Trukikaitis_Postimees, lk 209
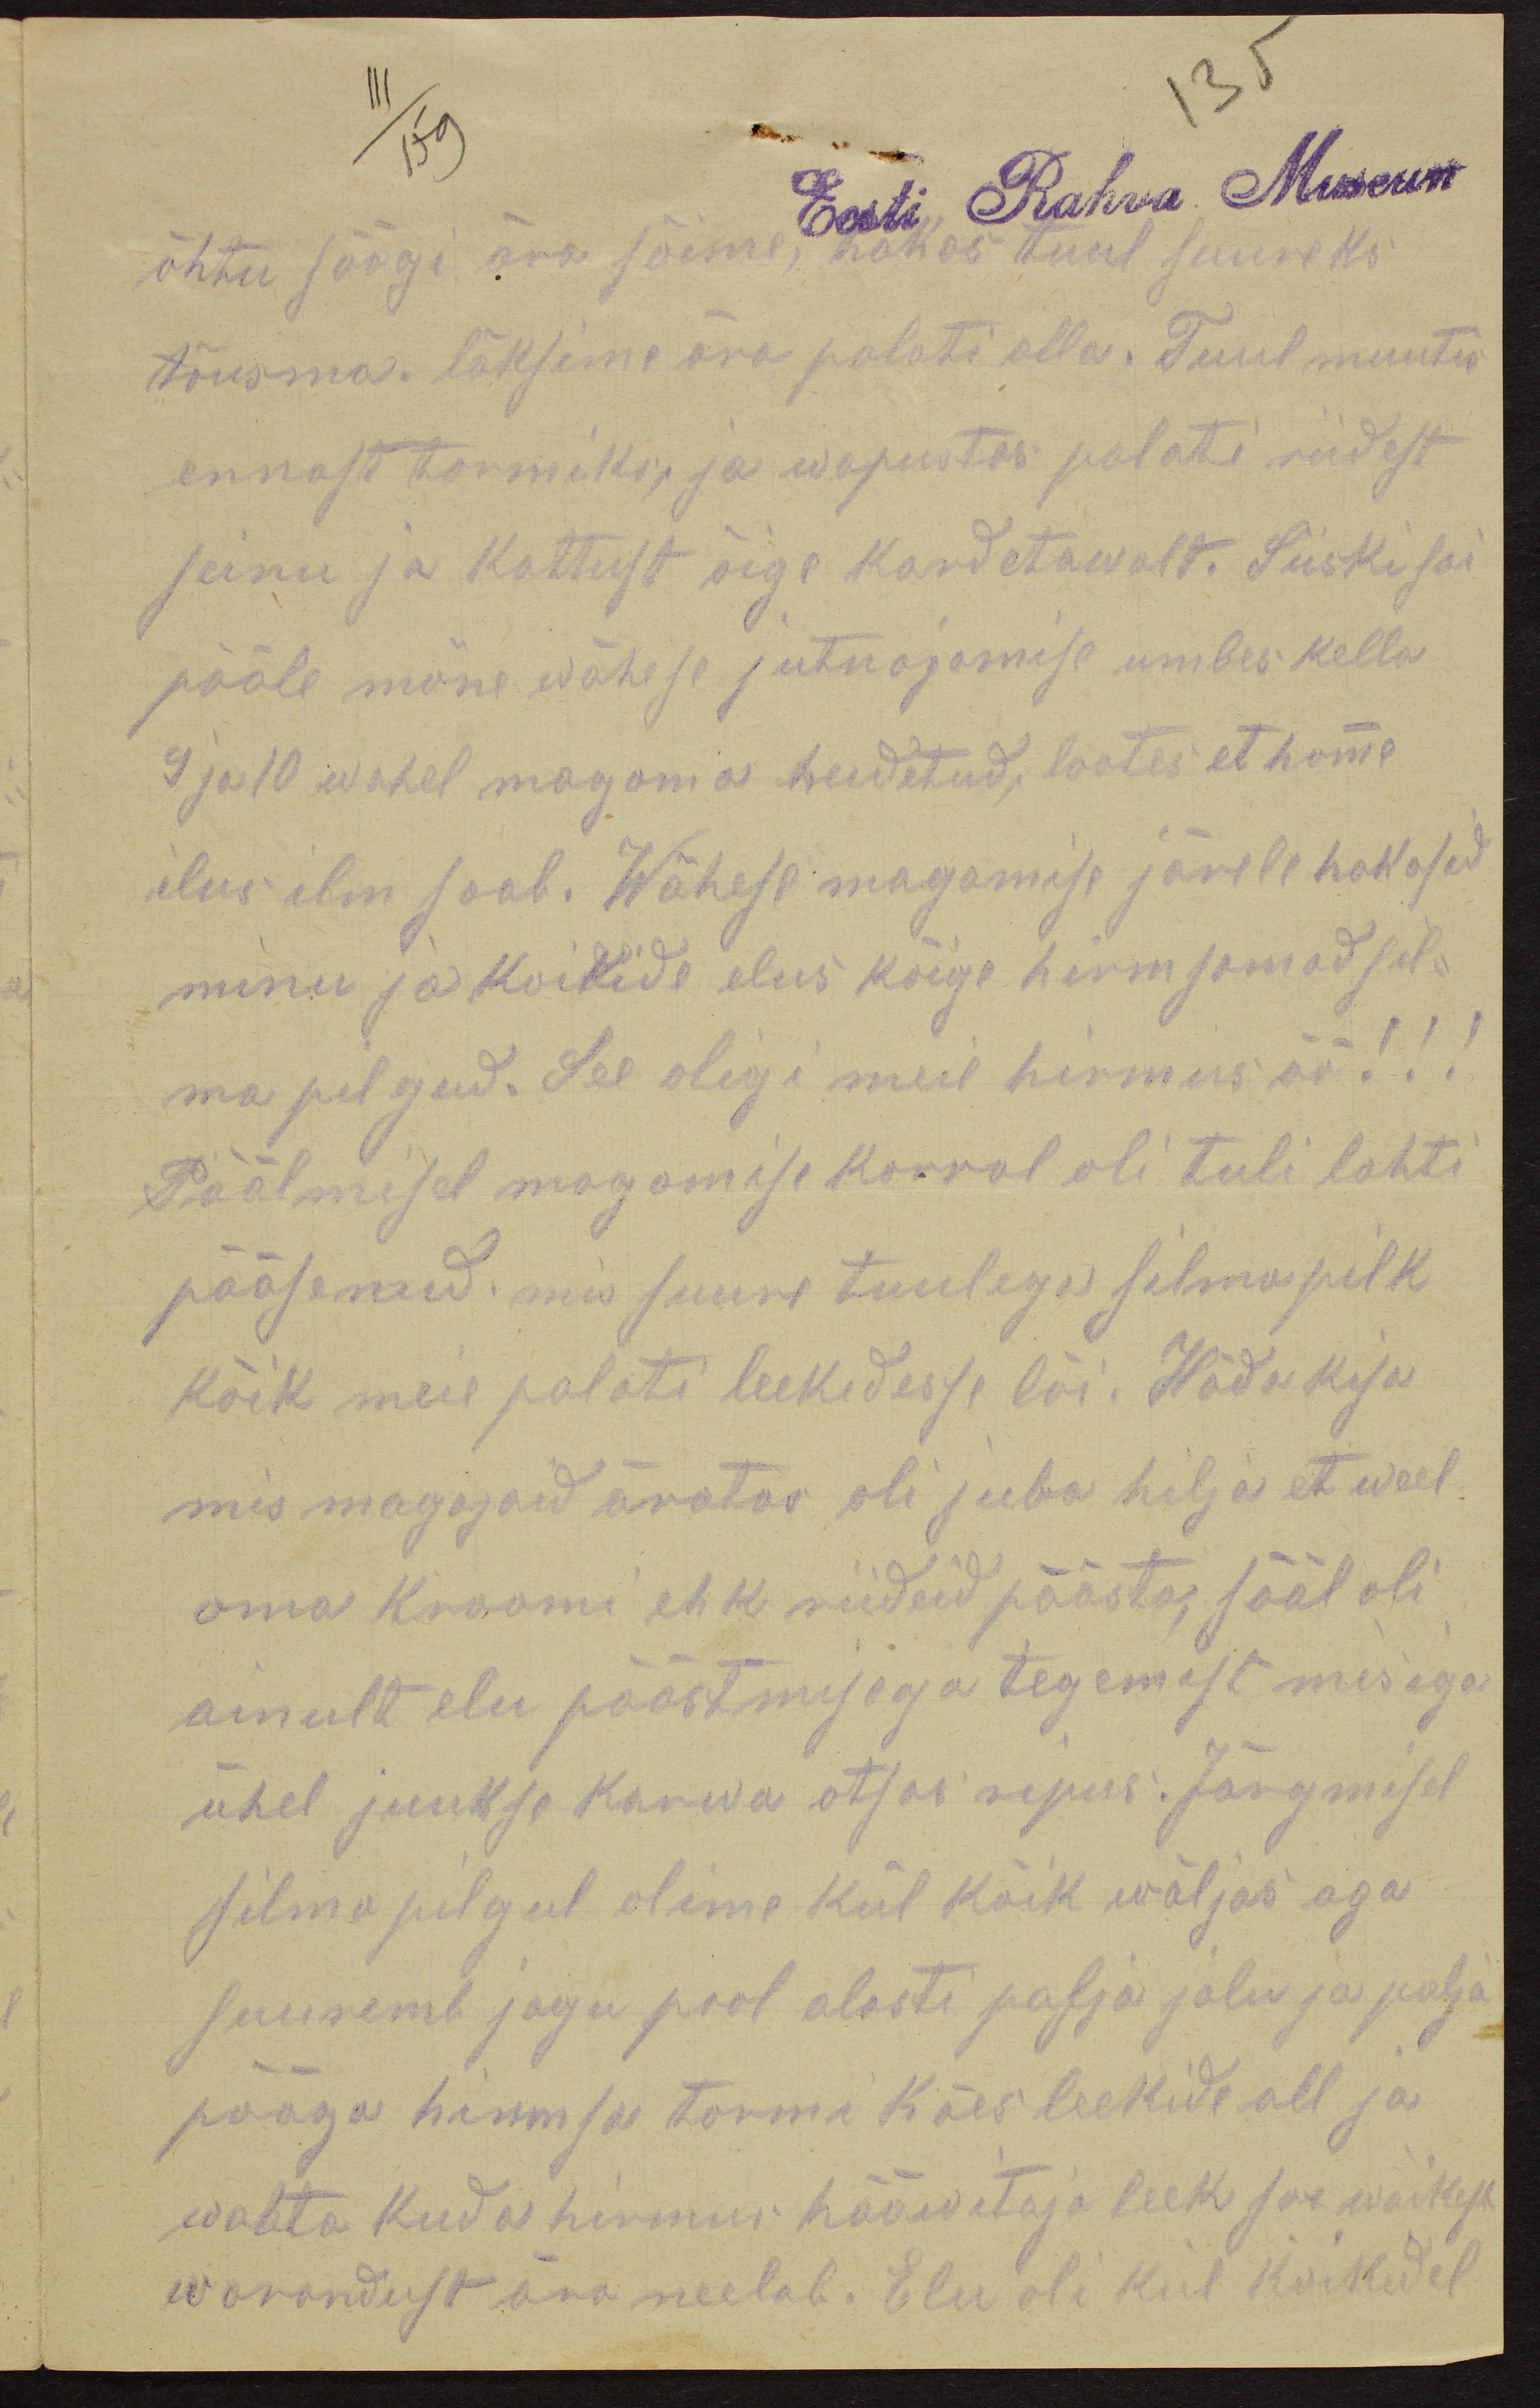
õhtu söögi ära sõime, hakas tuul suureks
tõusma. läksime ära palati alla. Tuul muutis
ennast tormiks, ja wapustas palati riidest
seinu ja kattust õige kardetawalt. Siiski sai
pääle mõne wähese jutuajamise umbes kella
9 ja 10 wahel magama heidetud, lootes et homme
ilus ilm saab. Wähese magamise järele hakasid
minu ja koikide elus kõige hirmsamad sil-
ma pilgud. See oligi meil hirmus öö!!!
Päälmisel magamise korral oli tuli lahti
pääsenud, mis suure tuulega silmapilk
kõik meie palati leekidesse lõi. Häda kisa
mis magajaid äratas oli juba hilja et weel
oma kraami ehk riideid päästa, sääl oli
ainult elu päästmisega tegemist mis iga-
ühel juukse karwa otsas ripus. Järgmisel
silma pilgul olime kül kõik wäljas aga
suuremb jagu pool alasti palja jalu ja palja
pääga hirmsa tormi käes leekide all ja
waata kuda hirmus hääwitaja leek so wäikest
warandust ära neelab. Elu oli kül kõikidel